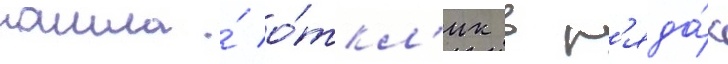
нашла́ о́ткл'ик в р'яда́х